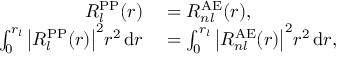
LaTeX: \begin{array} { r l } { R _ { l } ^ { \mathrm { P P } } ( r ) } & { { } = R _ { n l } ^ { \mathrm { A E } } ( r ) , } \\ { \int _ { 0 } ^ { r _ { l } } { \big | } R _ { l } ^ { \mathrm { P P } } ( r ) { \big | } ^ { 2 } r ^ { 2 } \, \mathrm { d } r } & { { } = \int _ { 0 } ^ { r _ { l } } { \big | } R _ { n l } ^ { \mathrm { A E } } ( r ) { \big | } ^ { 2 } r ^ { 2 } \, \mathrm { d } r , } \end{array}